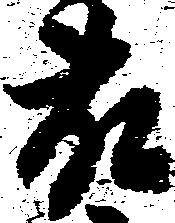
藤